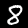
Label: 8